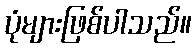
ပုံများဖြစ်ပါသည်။